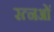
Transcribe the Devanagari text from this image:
रत्नओं